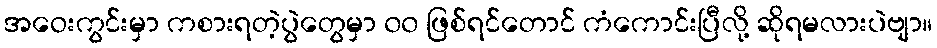
အဝေးကွင်းမှာ ကစားရတဲ့ပွဲတွေမှာ ၀၀ ဖြစ်ရင်တောင် ကံကောင်းပြီလို့ ဆိုရမလားပဲဗျာ။